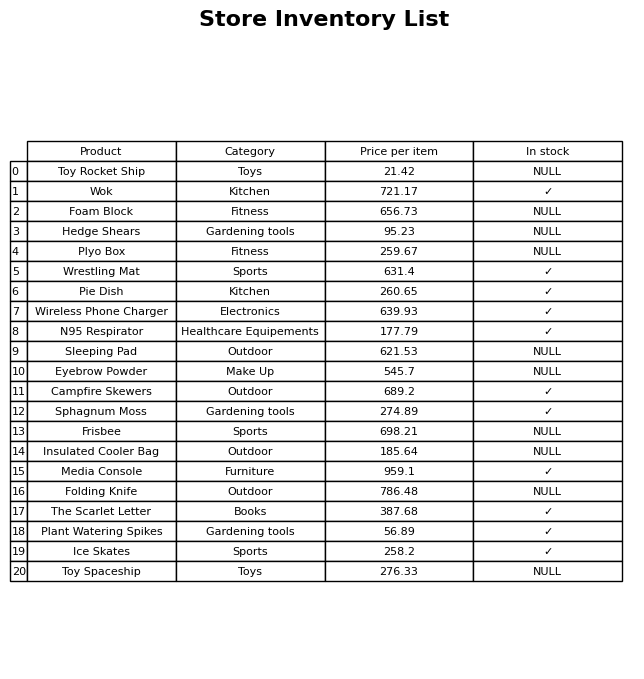
question: What is the price for Sleeping Pad?
answer: The price of Sleeping Pad is 621.53.